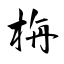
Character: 栴